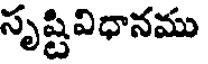
సృష్టివిధానము